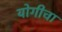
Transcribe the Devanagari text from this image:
योगीचा